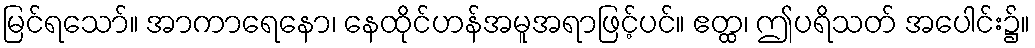
မြင်ရသော်။ အာကာရေနော၊ နေထိုင်ဟန်အမူအရာဖြင့်ပင်။ ဧတ္ထ၊ ဤပရိသတ် အပေါင်း၌။